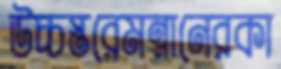
উচ্চস্তরেমন্নানেরকা